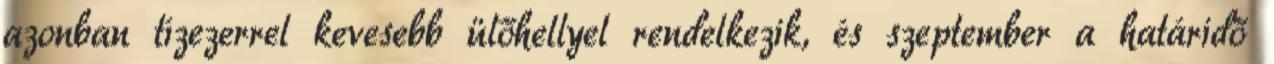
azonban tízezerrel kevesebb ülőhellyel rendelkezik, és szeptember a határidő